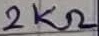
Text: 2KΩ